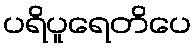
ပရိပူရေတိပေ